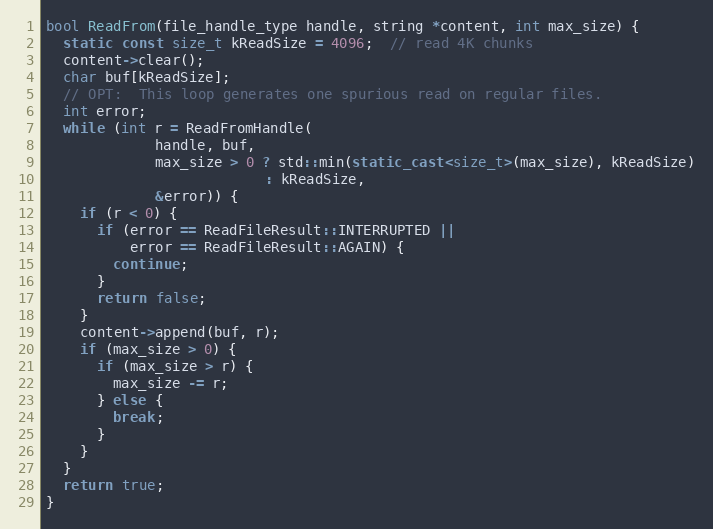
Language: C++
bool ReadFrom(file_handle_type handle, string *content, int max_size) {
  static const size_t kReadSize = 4096;  // read 4K chunks
  content->clear();
  char buf[kReadSize];
  // OPT:  This loop generates one spurious read on regular files.
  int error;
  while (int r = ReadFromHandle(
             handle, buf,
             max_size > 0 ? std::min(static_cast<size_t>(max_size), kReadSize)
                          : kReadSize,
             &error)) {
    if (r < 0) {
      if (error == ReadFileResult::INTERRUPTED ||
          error == ReadFileResult::AGAIN) {
        continue;
      }
      return false;
    }
    content->append(buf, r);
    if (max_size > 0) {
      if (max_size > r) {
        max_size -= r;
      } else {
        break;
      }
    }
  }
  return true;
}